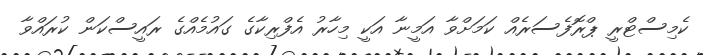
ކެމިސްޓްރީ ޕްރޮފެސަރެއް ކަމަށްވާ އަމީނާ އަކީ މިހާރު އެފްރިކާގެ ގައުމެއްގެ ރައީސްކަން ކުރައްވާ